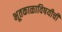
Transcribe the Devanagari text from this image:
भूतकाळाविषयीची